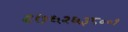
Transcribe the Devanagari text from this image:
९७६२६३८००१